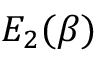
E _ { 2 } ( \beta )